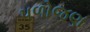
પળોજણ